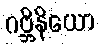
ဂဗ္ဘိနိယော